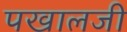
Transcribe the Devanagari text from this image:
पखालजी